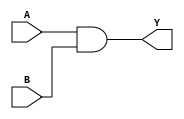
module AND_2 (output Y, input A, B);
assign Y = A & B; 
endmodule